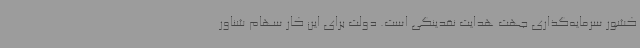
کشور سرمایه‌گذاری جهت هدایت نقدینگی است. دولت برای این کار سهام شناور